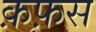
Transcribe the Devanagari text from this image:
क़फ़स